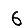
Digit: 6